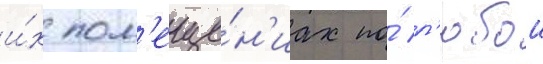
и́х пом'еще́н'иах по́ л'юбои